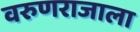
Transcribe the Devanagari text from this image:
वरुणराजाला